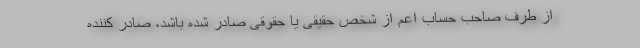
از طرف صاحب حساب اعم از شخص حقیقی یا حقوقی صادر شده باشد، صادر کننده